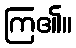
ကြ၏။